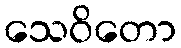
သေဝိတော